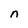
Character: n